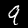
Digit: 9